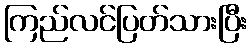
ကြည်လင်ပြတ်သားပြီး